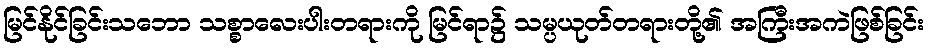
မြင်နိုင်ခြင်းသဘော သစ္စာလေးပါးတရားကို မြင်ရာ၌ သမ္ပယုတ်တရားတို့၏ အကြီးအကဲဖြစ်ခြင်း